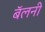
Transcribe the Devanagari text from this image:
बॅलनी